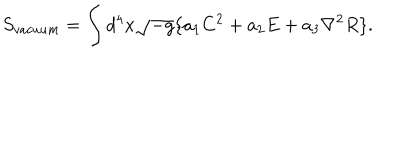
LaTeX: S _ { v a c u u m } = \int d ^ { 4 } x \sqrt { - g } \{ a _ { 1 } C ^ { 2 } + a _ { 2 } E + a _ { 3 } { \nabla } ^ { 2 } R \} .